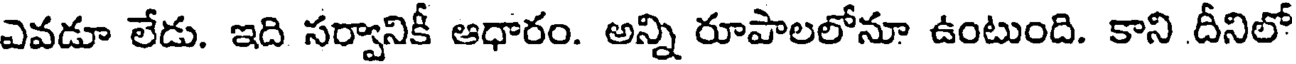
ఎవడూ లేడు. ఇది సర్వానికీ ఆధారం. అన్ని రూపాలలోనూ ఉంటుంది. కాని దీనిలో